King Institute of Preventive Medicine Micro-Biological Section reports 1912-19
Year: 1912
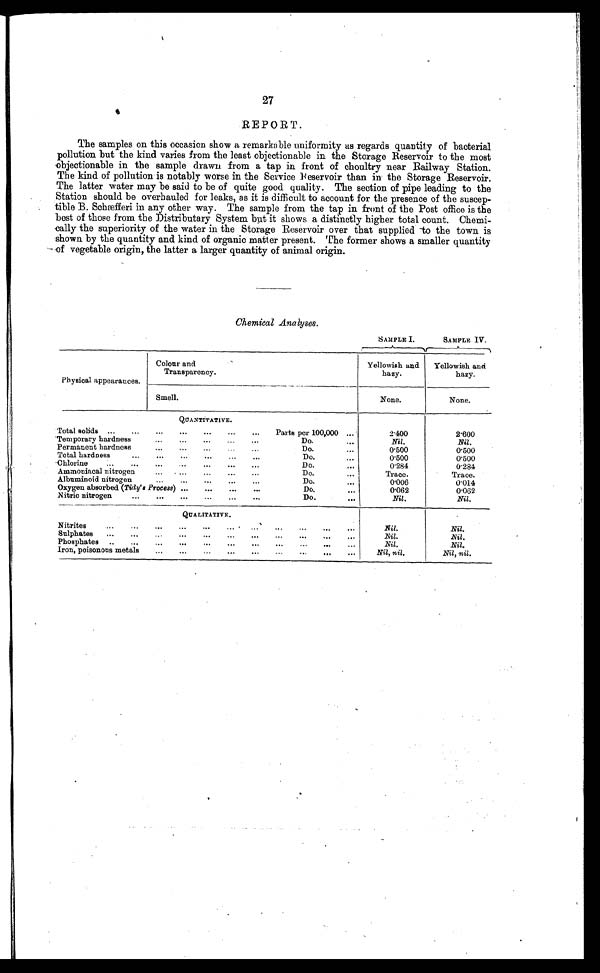
27
REPORT.
The samples on this occasion show a remarkable uniformity as regards quantity of bacterial
pollution but the kind varies from the least objectionable in the Storage Reservoir to the most
objectionable in the sample drawn from a tap in front of choultry near Railway Station.
The kind of pollution is notably worse in the Service Reservoir than in the Storage Reservoir.
The latter water may be said to be of quite good quality. The section of pipe leading to the
Station should be overhauled for leaks, as it is difficult to account for the presence of the suscep-
tible B. Schæfferi in any other way. The sample from the tap in front of the Post office is the
best of those from the Distributary System but it shows a distinctly higher total count. Chemi-
cally the superiority of the water in the Storage Reservoir over that supplied to the town is
shown by the quantity and kind of organic matter present. The former shows a smaller quantity
of vegetable origin, the latter a larger quantity of animal origin.
Chemical Analyses.
SAMPLE I.
SAMPLE IV.
Physical appearances.
Colour and
Transparency.
Yellowish and
hazy.
Yellowish and
hazy.
Smell.
None.
None.
QUANTITATIVE.
Total solids ...
...
...
...
...
Parts per 100,000 ...
2.400
2.600
Temporary hardness
...
...
...
Do.
...
Nil.
Nil.
Permanent hardness
...
...
...
...
Do.
...
0.500
0.500
Total hardness
...
...
...
Do.
...
0.500
0.500
Chlorine
...
...
...
...
...
...
...
Do.
...
0.284
0.284
Ammoniacal nitrogen
...
...
...
...
Do.
...
Trace.
Trace.
Albuminoid nitrogen
...
...
Do.
...
0.006
0.014
Oxygen absorbed (Tidy's Process) ...
...
...
...
Do.
...
0.062
0.062
Nitric nitrogen
...
...
...
...
...
Do.
...
Nil.
Nil.
QU A L I T A T I V E .
Nitrites
...
...
...
...
...
...
...
...
. . .
Nil.
Nil.
Sulphates
...
...
...
...
...
...
...
...
...
...
. . .
Nil.
Nil.
Phosphates
..
... .....
...
...
...
...
...
. . .
Nil.
Nil.
Iron, poisonous metals
...
... ...
...
...
. . .
. . .
. . .
. . .
Nil, nil.
Nil, nil.